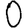
Digit: 0